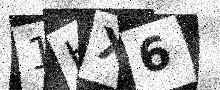
Text: 1HX6